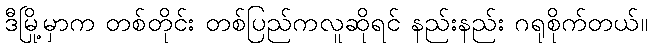
ဒီမြို့မှာက တစ်တိုင်း တစ်ပြည်ကလူဆိုရင် နည်းနည်း ဂရုစိုက်တယ်။